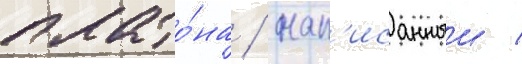
плато́на / нап'исанныи /